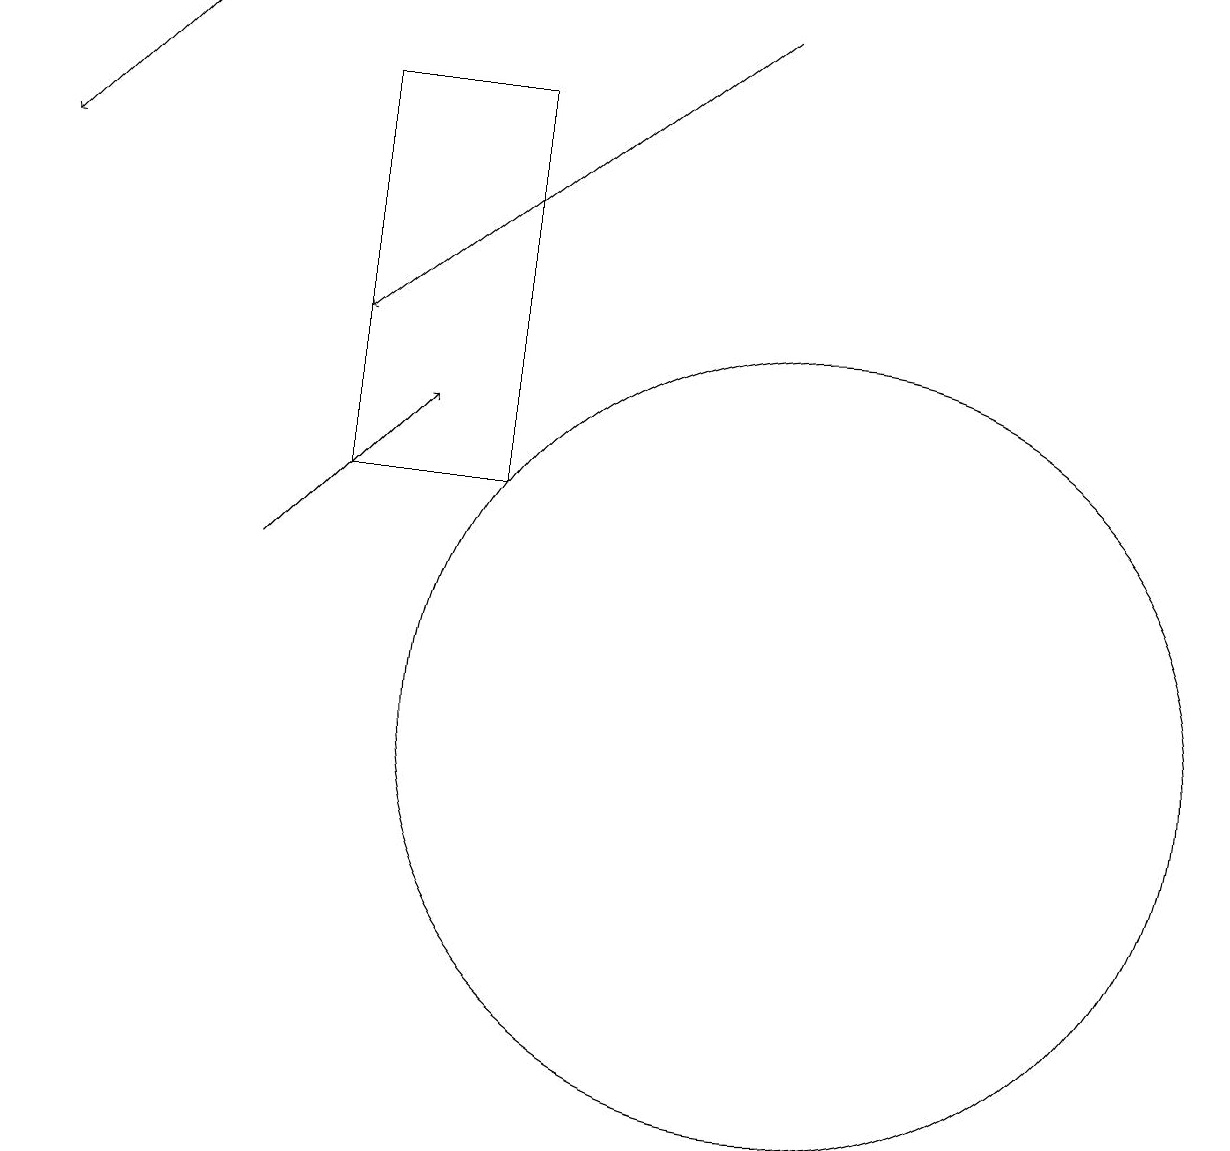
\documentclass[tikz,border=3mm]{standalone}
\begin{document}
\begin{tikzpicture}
\draw (10,10) circle (5);
\draw[->] (2,19) -- (0,17);
\draw[->] (9,19) -- (4,15);
\draw (6,18) rectangle (4,13);
\draw[->] (3,12) -- (5,14);
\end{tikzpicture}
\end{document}